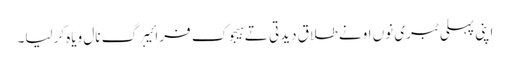
اپنی پہلی ٹبری نوں اونے طلاق دیدتی تے ہیجوک فرائیبرگ نال ویاہ کرلیا۔